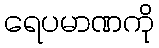
ရေပမာဏကို